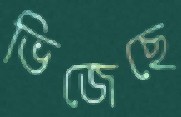
ভিজেছে